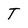
Character: T